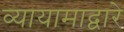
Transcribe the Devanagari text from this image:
व्यायामाद्वारे